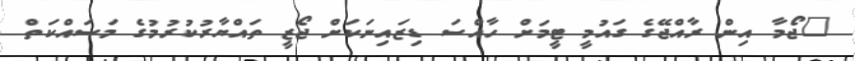
"ޖޯމާ އިން ރާއްޖޭގެ ގައުމީ ޓީމަށް ހާއްސަ ޑިޒައިނަކަށް ޖޯޒީ ތައްޔާރުކުރުމުގެ މަސައްކަތް